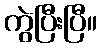
ကွဲပြီးပြီ။